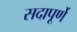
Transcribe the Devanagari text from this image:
सदापूर्णे